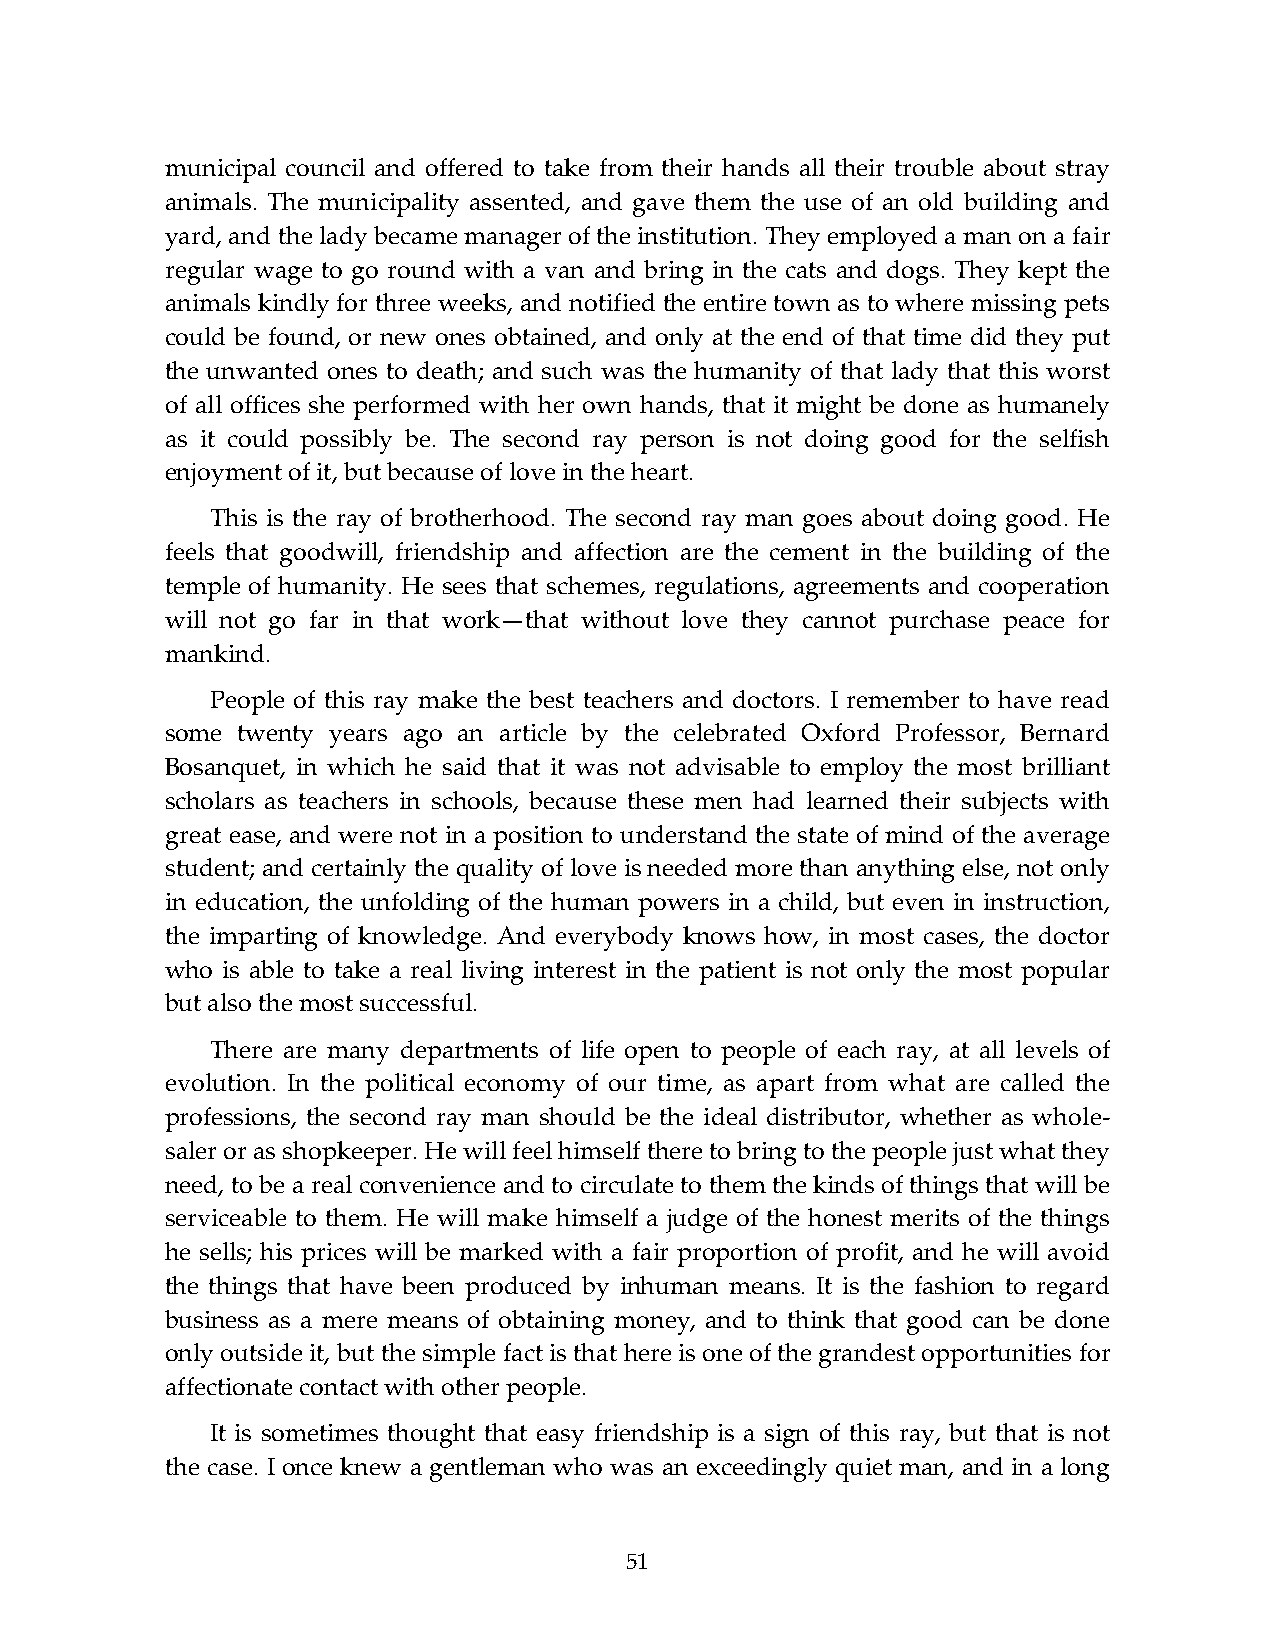
municipal council and offered to take from their hands all their trouble about stray
 animals. The municipality assented, and gave them the use of an old building and
 yard, and the lady became manager of the institution. They employed a man on a fair
 regular wage to go round with a van and bring in the cats and dogs. They kept the
 animals kindly for three weeks, and notified the entire town as to where missing pets
 could be found, or new ones obtained, and only at the end of that time did they put
 the unwanted ones to death; and such was the humanity of that lady that this worst
 of all offices she performed with her own hands, that it might be done as humanely
 as it could possibly be. The second ray person is not doing good for the selfish
 enjoyment of it, but because of love in the heart.
 This is the ray of brotherhood. The second ray man goes about doing good. He
 feels that goodwill, friendship and affection are the cement in the building of the
 temple of humanity. He sees that schemes, regulations, agreements and cooperation
 will not go far in that work—that without love they cannot purchase peace for
 mankind.
 People of this ray make the best teachers and doctors. I remember to have read
 some twenty years ago an article by the celebrated Oxford Professor, Bernard
 Bosanquet, in which he said that it was not advisable to employ the most brilliant
 scholars as teachers in schools, because these men had learned their subjects with
 great ease, and were not in a position to understand the state of mind of the average
 student; and certainly the quality of love is needed more than anything else, not only
 in education, the unfolding of the human powers in a child, but even in instruction,
 the imparting of knowledge. And everybody knows how, in most cases, the doctor
 who is able to take a real living interest in the patient is not only the most popular
 but also the most successful.
 There are many departments of life open to people of each ray, at all levels of
 evolution. In the political economy of our time, as apart from what are called the
 professions, the second ray man should be the ideal distributor, whether as whole-
 saler or as shopkeeper. He will feel himself there to bring to the people just what they
 need, to be a real convenience and to circulate to them the kinds of things that will be
 serviceable to them. He will make himself a judge of the honest merits of the things
 he sells; his prices will be marked with a fair proportion of profit, and he will avoid
 the things that have been produced by inhuman means. It is the fashion to regard
 business as a mere means of obtaining money, and to think that good can be done
 only outside it, but the simple fact is that here is one of the grandest opportunities for
 affectionate contact with other people.
 It is sometimes thought that easy friendship is a sign of this ray, but that is not
 the case. I once knew a gentleman who was an exceedingly quiet man, and in a long
 51